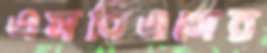
এসবিএসের